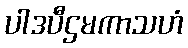
ပါဒပီဌမကာသဟံ